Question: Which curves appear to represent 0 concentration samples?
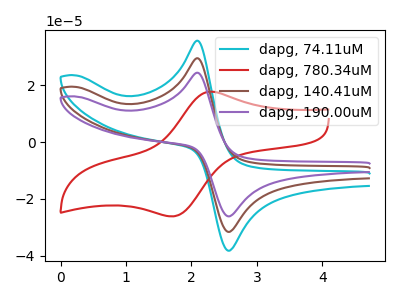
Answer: <think>The cyan curve "dapg, 74.11uM" has an anodic peak at (2.10V, 59.00uA) and a cathodic peak at (2.60V, -63.20uA). The red curve "dapg, 780.34uM" has an anodic peak at (2.30V, 17.75uA) and a cathodic peak at (1.70V, -26.20uA). The brown curve "dapg, 140.41uM" has an anodic peak at (2.10V, 29.50uA) and a cathodic peak at (2.60V, -31.60uA). The purple curve "dapg, 190.00uM" has an anodic peak at (2.10V, 24.40uA) and a cathodic peak at (2.60V, -26.15uA).</think>
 <answer>There are not any CV's on this graph that are likely to be blanks.</answer>
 <eval>none</eval>